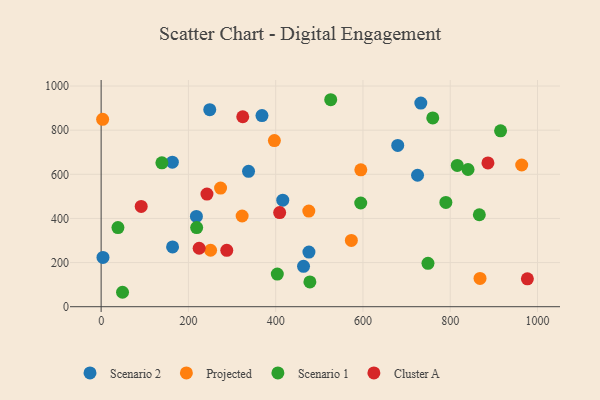
{"axis": {"x": "Ad Spend", "y": "Yield"}, "legend": ["Cluster A", "Projected", "Scenario 1", "Scenario 2"], "data": [{"x": "163.7", "y": 270.7, "type": "Scenario 2"}, {"x": "463.8", "y": 183.0, "type": "Scenario 2"}, {"x": "368.6", "y": 866.1, "type": "Scenario 2"}, {"x": "476.2", "y": 247.8, "type": "Scenario 2"}, {"x": "679.7", "y": 730.8, "type": "Scenario 2"}, {"x": "248.9", "y": 893.1, "type": "Scenario 2"}, {"x": "218.3", "y": 409.3, "type": "Scenario 2"}, {"x": "337.8", "y": 613.3, "type": "Scenario 2"}, {"x": "725.1", "y": 595.7, "type": "Scenario 2"}, {"x": "4.2", "y": 223.3, "type": "Scenario 2"}, {"x": "732.6", "y": 922.9, "type": "Scenario 2"}, {"x": "416.2", "y": 482.8, "type": "Scenario 2"}, {"x": "163.2", "y": 654.9, "type": "Scenario 2"}, {"x": "595.1", "y": 620.4, "type": "Projected"}, {"x": "475.9", "y": 433.4, "type": "Projected"}, {"x": "963.8", "y": 642.2, "type": "Projected"}, {"x": "3.4", "y": 849.0, "type": "Projected"}, {"x": "868.3", "y": 128.3, "type": "Projected"}, {"x": "573.4", "y": 300.5, "type": "Projected"}, {"x": "250.8", "y": 255.9, "type": "Projected"}, {"x": "397.0", "y": 752.7, "type": "Projected"}, {"x": "323.1", "y": 411.1, "type": "Projected"}, {"x": "273.7", "y": 537.5, "type": "Projected"}, {"x": "749.0", "y": 196.4, "type": "Scenario 1"}, {"x": "594.9", "y": 469.9, "type": "Scenario 1"}, {"x": "866.7", "y": 416.8, "type": "Scenario 1"}, {"x": "790.0", "y": 472.7, "type": "Scenario 1"}, {"x": "526.1", "y": 938.0, "type": "Scenario 1"}, {"x": "49.0", "y": 65.4, "type": "Scenario 1"}, {"x": "139.2", "y": 652.2, "type": "Scenario 1"}, {"x": "816.1", "y": 640.4, "type": "Scenario 1"}, {"x": "403.7", "y": 148.1, "type": "Scenario 1"}, {"x": "760.0", "y": 855.6, "type": "Scenario 1"}, {"x": "840.8", "y": 621.8, "type": "Scenario 1"}, {"x": "478.4", "y": 112.5, "type": "Scenario 1"}, {"x": "915.4", "y": 796.9, "type": "Scenario 1"}, {"x": "218.9", "y": 358.6, "type": "Scenario 1"}, {"x": "38.5", "y": 358.6, "type": "Scenario 1"}, {"x": "91.8", "y": 454.6, "type": "Cluster A"}, {"x": "409.1", "y": 426.5, "type": "Cluster A"}, {"x": "242.5", "y": 510.6, "type": "Cluster A"}, {"x": "224.6", "y": 264.8, "type": "Cluster A"}, {"x": "324.5", "y": 860.8, "type": "Cluster A"}, {"x": "886.4", "y": 651.4, "type": "Cluster A"}, {"x": "976.8", "y": 126.2, "type": "Cluster A"}, {"x": "287.9", "y": 255.3, "type": "Cluster A"}]}